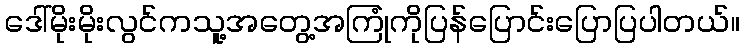
ဒေါ်မိုးမိုးလွင်ကသူ့အတွေ့အကြုံကိုပြန်ပြောင်းပြောပြပါတယ်။